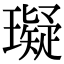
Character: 𤪦